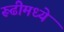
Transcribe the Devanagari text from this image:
रूढीमध्ये